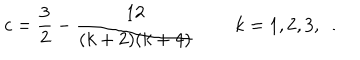
LaTeX: c = \frac { 3 } { 2 } - \frac { 1 2 } { ( k + 2 ) ( k + 4 ) } \, \qquad k = 1 , 2 , 3 , \ldots